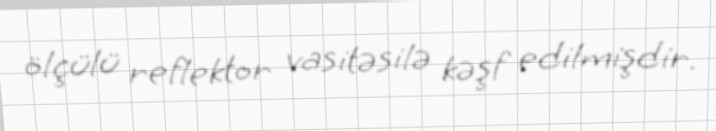
ölçülü reflektor vasitəsilə kəşf edilmişdir.